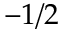
- 1 / 2